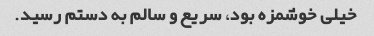
خیلی خوشمزه بود، سریع و سالم به دستم رسید.